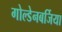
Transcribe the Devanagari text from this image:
गोल्डेनबर्जिया